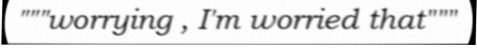
"""worrying , I'm worried that"""